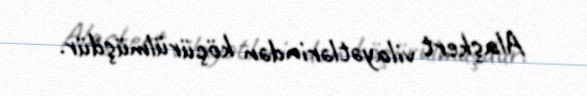
Alaşkert vilayətlərindən köçürülmüşdür.